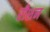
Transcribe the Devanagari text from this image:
रीशन